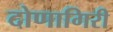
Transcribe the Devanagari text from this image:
दोणागिरी